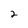
Character: 2